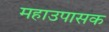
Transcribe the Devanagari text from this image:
महाउपासक